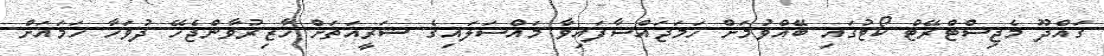
ގައްދޫ މެޖިސްޓްރޭޓް ކޯޓުގައި ބޭއްވުމަށް ހަމަޖައްސާފައިވާ މައްސަލައިގެ ޝަރީއަތަށް ހާޒިރުވާންޖެހޭ ދުވަހާ ހަމައަށް